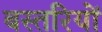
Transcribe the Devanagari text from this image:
बस्तरियों